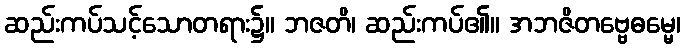
ဆည်းကပ်သင့်သောတရား၌။ ဘဇတိ၊ ဆည်းကပ်၏။ အဘဇိတဗ္ဗေဓမ္မေ၊